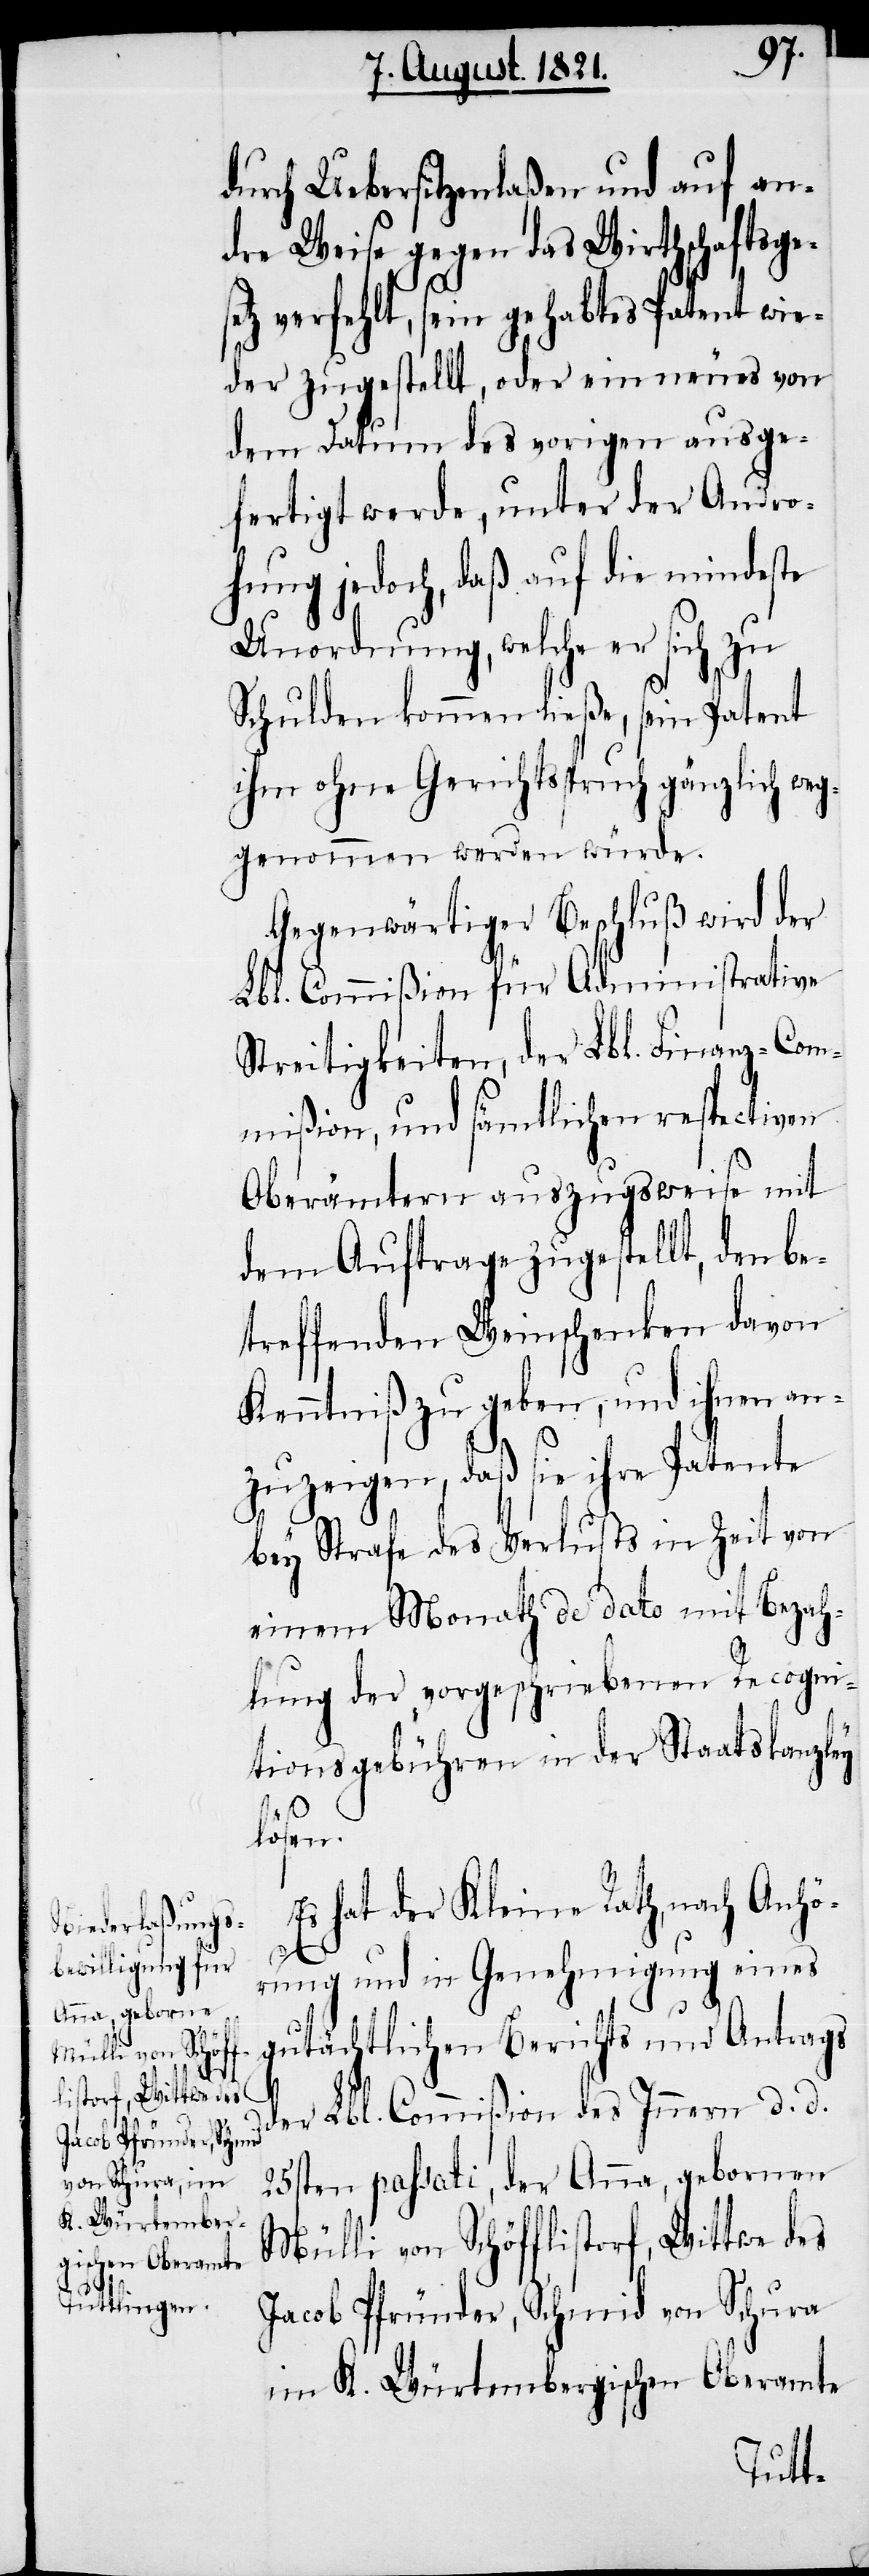
durch Uebersitzenlaßen und an¬
dre Weise gegen das Wirthschaftsges¬
etz verfehlt, sein gehabtes Patent wie¬
der zugestellt, oder ein neues von
dem Datum des vorigen ausge¬
fertigt werde, unter der Andro¬
hung jedoch, daß auf die mindeste
Unordnung, welche er sich zu
Schulden kommen ließe, sein Patent
ihm ohne Gerichtsspruch gänzlich weg¬
genommen werden würde.
Gegenwärtiger Beschluß wird der
Lbl. Commißion für Administrative
Streitigkeiten, der Lbl. Finanz-Com¬
mißion, und sämtlichen respectiven
Oberämtern auszugsweise mit
dem Auftrag zugestellt, den be¬
treffenden Weinschenken davon
Kenntniß zu geben, und ihnen an¬
zuzeigen, daß sie ihre Patente
bey Strafe des Verlustes in Zeit von
einem Monat de dato mit Bezah¬
lung der vorgeschriebenen Recogni¬
tionsgebühr in der Staatskanzley
lösen.
Es hat der kleine Rath, nach Anhö¬
rung und in Genehmigung eines
gutächtlichen Berichts und Antrags
der Lbl. Commißion des Innern d. d.
25sten passati, der Anna, geborene
Mülli von Schöfflistorf, Wittwe des
Jacob Pfründer, Schmid von Schura
im K. Würtembergischen Oberamte